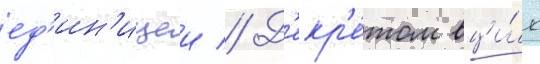
ед'ин'ицеи // Д'екр'е́том вци́к